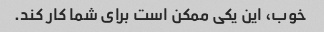
خوب، این یکی ممکن است برای شما کار کند.